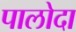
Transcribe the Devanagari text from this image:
पालोदा